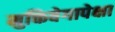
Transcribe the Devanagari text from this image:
मुक्तिवेगापेक्षा